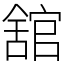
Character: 舘